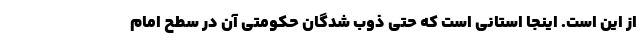
از این است. اینجا استانی است که حتی ذوب شدگان حکومتی آن در سطح امام